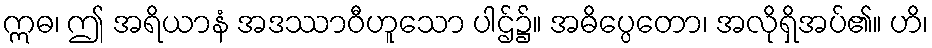
ဣဓ၊ ဤ အရိယာနံ အဒဿာဝီဟူသော ပါဌ်၌။ အဓိပ္ပေတော၊ အလိုရှိအပ်၏။ ဟိ၊